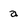
Character: a